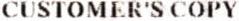
CUSTOMER'S COPY